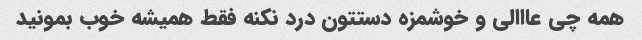
همه چى عااالى و خوشمزه دستتون درد نکنه فقط همیشه خوب بمونید